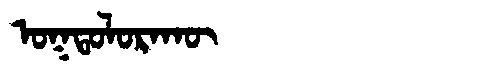
Manchu: ᠣᡴᡨᠣᠯᠣᡵᠠᡴᡡ
Romanization: OKTOLORAKŪ